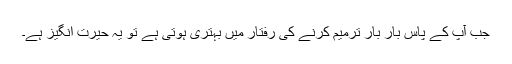
جب آپ کے پاس بار بار ترمیم کرنے کی رفتار میں بہتری ہوتی ہے تو یہ حیرت انگیز ہے۔